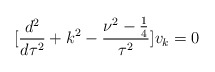
\begin{align*}[\frac{d^2}{d\tau^2}+k^2-\frac{\nu^2-\frac{1}{4}}{\tau^2}]v_k=0\end{align*}